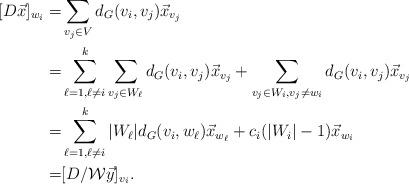
LaTeX: \begin{align*}[D\vec{x}]_{w_i}=&\sum_{v_j\in V}d_G(v_i,v_j)\vec{x}_{v_j}\\=&\sum_{\ell=1,\ell \neq i}^k\sum_{v_j\in W_\ell}d_G(v_i,v_j)\vec{x}_{v_j}+\sum_{v_j\in W_i, v_j\neq w_i}d_G(v_i,v_j)\vec{x}_{v_j}\\=&\sum_{\ell=1,\ell\neq i}^k|W_\ell|d_G(v_i,w_\ell)\vec{x}_{w_\ell}+c_i(|W_i|-1)\vec{x}_{w_i}\\=&[D/\mathcal{W} \vec{y}]_{v_i}.\end{align*}